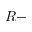
R -